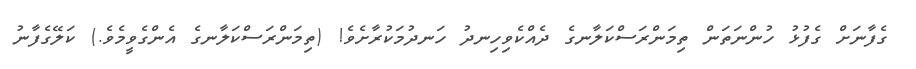
ގެފާނަށް ގެފުޅު ހުންނަތަން ތިމަންރަސްކަލާނގެ ދެއްކެވިހިނދު ހަނދުމަކުރާށެވެ! (ތިމަންރަސްކަލާނގެ އެންގެވީމެވެ.) ކަލޭގެފާނު